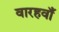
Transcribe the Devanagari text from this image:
वारहवाँ